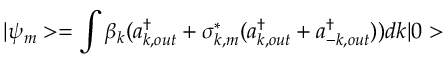
| \psi _ { m } > = \int \beta _ { k } ( a _ { k , o u t } ^ { \dagger } + \sigma _ { k , m } ^ { * } ( a _ { k , o u t } ^ { \dagger } + a _ { - k , o u t } ^ { \dagger } ) ) d k | 0 >